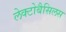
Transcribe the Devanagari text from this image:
लेक्टोबैसिलस